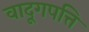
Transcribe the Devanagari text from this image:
वादूगपत्ति